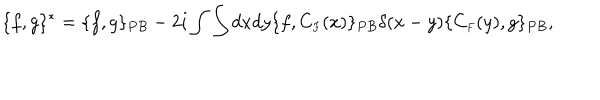
LaTeX: \{ f , g \} ^ { * } = \{ f , g \} _ { P B } - 2 i \int \int d x d y \{ f , C _ { \scriptscriptstyle F } ( x ) \} _ { P B } \delta ( x - y ) \{ C _ { \scriptscriptstyle F } ( y ) , g \} _ { P B } ,